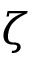
\zeta